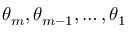
\theta _ { m } , \theta _ { m - 1 } , \ldots , \theta _ { 1 }